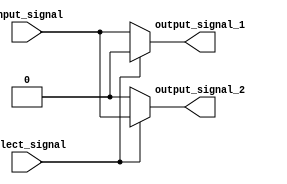
module demux_1to2 (
    input wire input_signal,
    input wire select_signal,
    output reg output_signal_1,
    output reg output_signal_2
);

always @* begin
    if (select_signal == 1'b0) begin
        output_signal_1 = input_signal;
        output_signal_2 = 1'b0;
    end else begin
        output_signal_1 = 1'b0;
        output_signal_2 = input_signal;
    end
end

endmodule